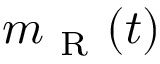
m _ { \mathrm { ~ R ~ } } ( t )